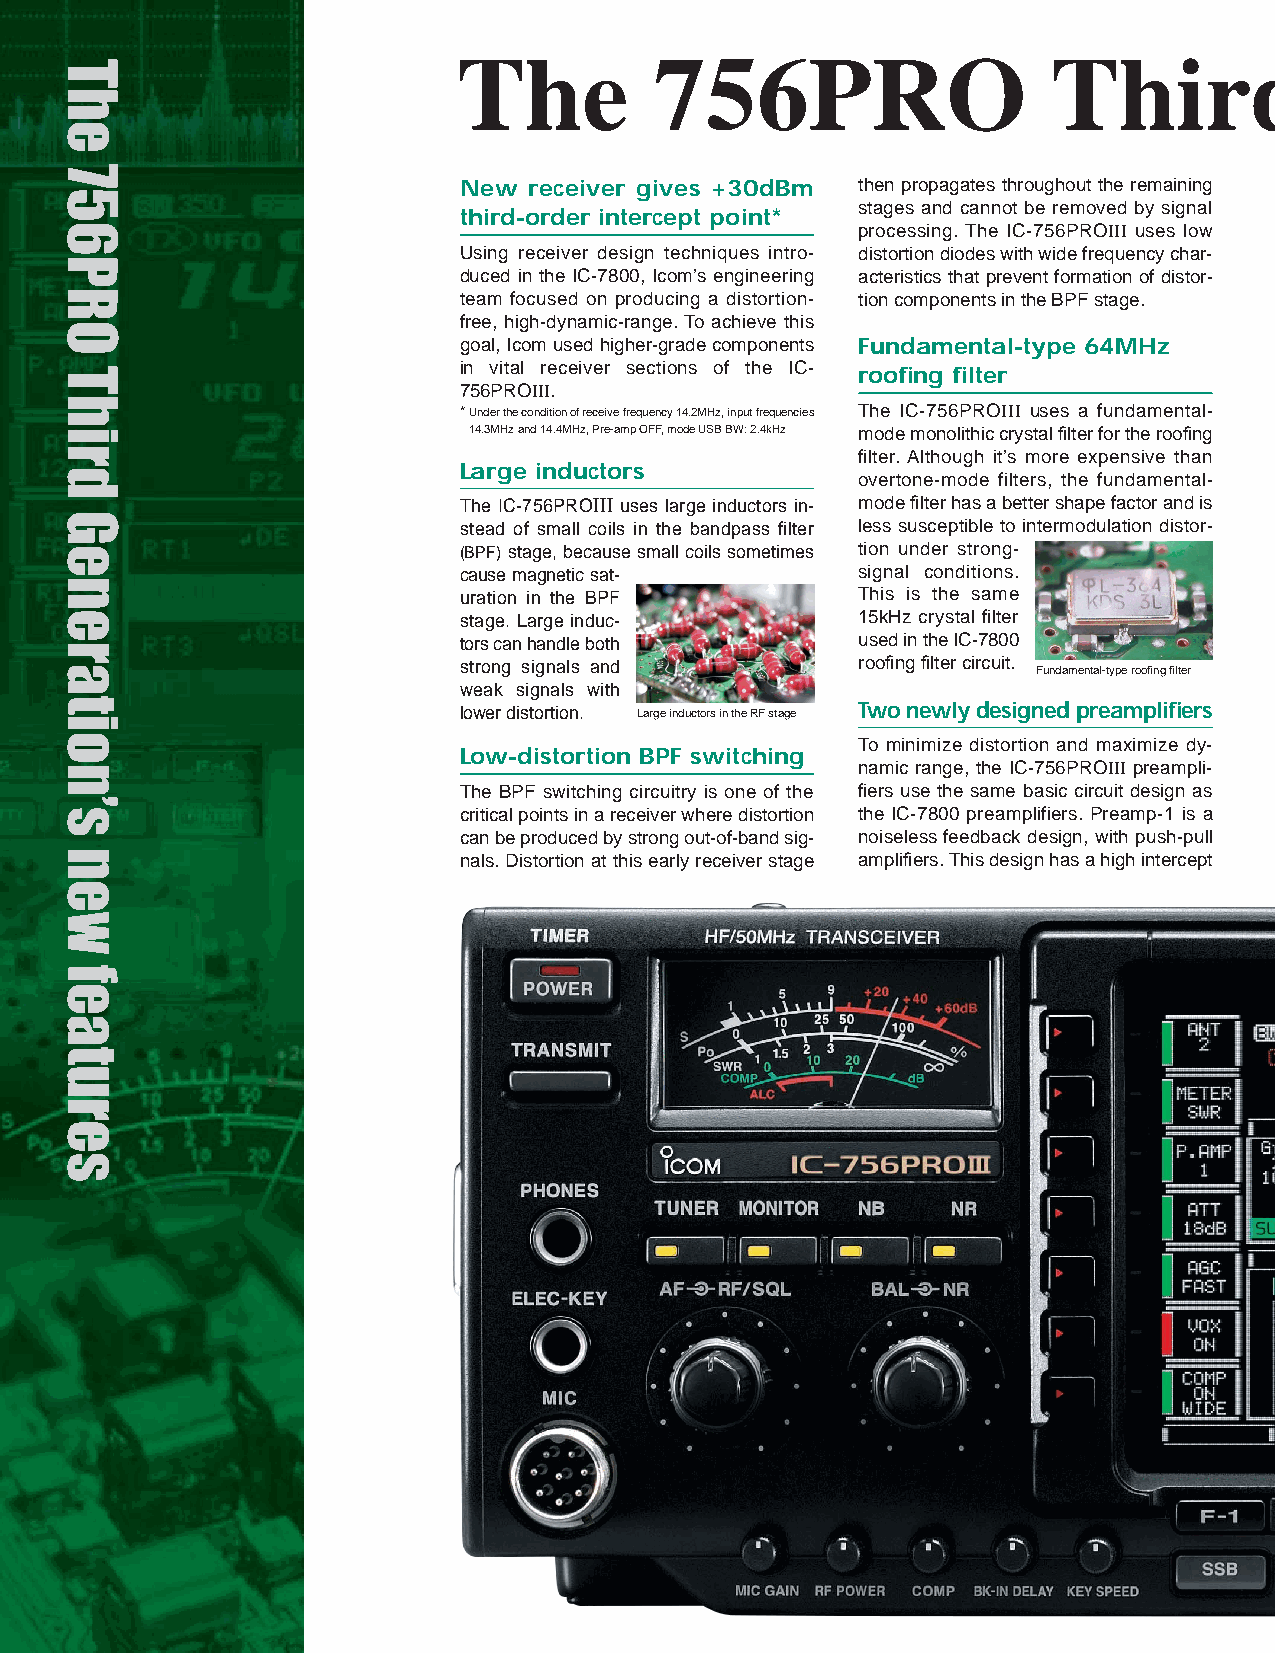
The          756PRO                     Third
 New  receiver gives +30dBm then propagates throughout the remaining
 stages and cannot be removed by signal
 third-order intercept point*
 processing. The IC-756PROIII uses low
 Using receiver design techniques intro- distortion diodes with wide frequency char-
 duced in the IC-7800, Icom’s engineering acteristics that prevent formation of distor-
 team focused on producing a distortion- tion components in the BPF stage.
 free, high-dynamic-range. To achieve this
 goal, Icom used higher-grade components Fundamental-type 64MHz
 in vital receiver sections of the IC-
 roofing filter
 756PROIII.
 * Under the condition of receive frequency 14.2MHz, input frequencies The IC-756PROIII uses a fundamental-
 14.3MHz and 14.4MHz, Pre-amp OFF, mode USB BW: 2.4kHz mode monolithic crystal filter for the roofing
 filter. Although it’s more expensive than
 Large inductors
 overtone-mode filters, the fundamental-
 The IC-756PROIII uses large inductors in- mode filter has a better shape factor and is
 stead of small coils in the bandpass filter less susceptible to intermodulation distor-
 (BPF)stage, because small coils sometimes tion under strong-
 cause magnetic sat-        signal conditions.
 uration in the BPF         This is the same
 stage. Large induc-        15kHz crystal filter
 tors can handle both       used in the IC-7800
 strong signals and         roofing filter circuit.
 Fundamental-type roofing filter
 weak signals with
 lower distortion. Large inductors in the RF stage Two newly designed preamplifiers
 To minimize distortion and maximize dy-
 Low-distortion BPF switching
 namic range, the IC-756PROIII preampli-
 The BPF switching circuitry is one of the fiers use the same basic circuit design as
 critical points in a receiver where distortion the IC-7800 preamplifiers. Preamp-1 is a
 can be produced by strong out-of-band sig- noiseless feedback design, with push-pull
 nals. Distortion at this early receiver stage amplifiers. This design has a high intercept
 The
 756PRO
 Third
 Generation’s
 new
 features